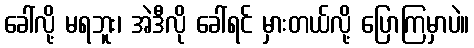
ခေါ်လို့ မရဘူး၊ အဲဒီလို ခေါ်ရင် မှားတယ်လို့ ပြောကြမှာပဲ။